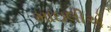
માઇલીએ